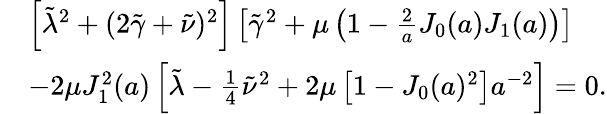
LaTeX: \begin{array}{rl}&{\left[\tilde{\lambda}^{2}+(2\tilde{\gamma}+\tilde{\nu})^{2}\right]\left[\tilde{\gamma}^{2}+\mu\left(1-\frac{2}{a}J_{0}(a)J_{1}(a)\right)\right]}\\ &{-2\mu J_{1}^{2}(a)\left[\tilde{\lambda}-\frac{1}{4}\tilde{\nu}^{2}+2\mu\left[1-J_{0}(a)^{2}\right]a^{-2}\right]=0.}\end{array}